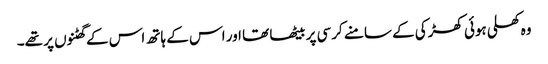
وہ کھلی ہوئی کھڑکی کے سامنے کرسی پر بیٹھا تھا اور اس کے ہاتھ اس کے گھٹنوں پر تھے۔